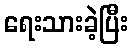
ရေးသားခဲ့ပြီး